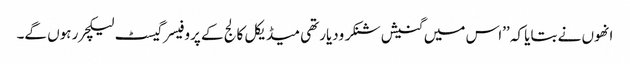
انھوں نے بتایا کہ ’’اس میں گنیش شنکر ودیارتھی میڈیکل کالج کے پروفیسر گیسٹ لیکچرر ہوں گے۔